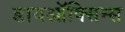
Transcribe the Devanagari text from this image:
डायऑक्सिन्स